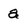
Character: a